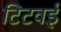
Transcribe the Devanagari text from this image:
टिटवई